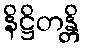
နိဋ္ဌိတန္တိ